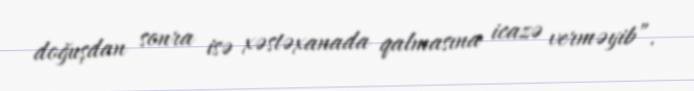
doğuşdan sonra isə xəstəxanada qalmasına icazə verməyib”.